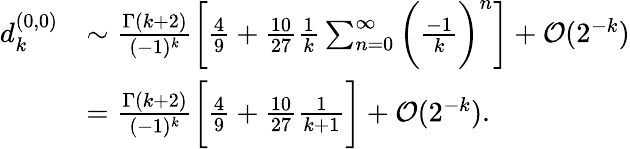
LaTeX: \begin{array}{rl}{d_{k}^{(0,0)}}&{\sim\frac{\Gamma(k+2)}{(-1)^{k}}\bigg[\frac 49+\frac{10}{27}\frac{1}{k}\sum_{n=0}^{\infty}\bigg(\frac{-1}{k}\bigg)^{n}\bigg]+{\mathcal O}(2^{-k})}\\ &{=\frac{\Gamma(k+2)}{(-1)^{k}}\bigg[\frac 49+\frac{10}{27}\frac{1}{k+1}\bigg]+{\mathcal O}(2^{-k}).}\end{array}